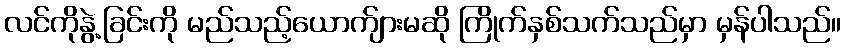
လင်ကိုနွဲ့ခြင်းကို မည်သည့်ယောက်ျားမဆို ကြိုက်နှစ်သက်သည်မှာ မှန်ပါသည်။